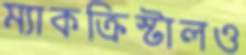
ম্যাকক্রিস্টালও